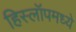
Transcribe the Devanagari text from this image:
हिस्लॉपमध्ये